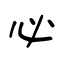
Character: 必